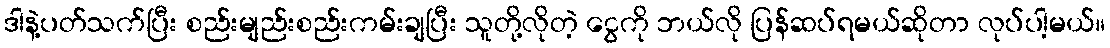
ဒါနဲ့ပတ်သက်ပြီး စည်းမျည်းစည်းကမ်းချပြီး သူတို့လိုတဲ့ ငွေကို ဘယ်လို ပြန်ဆပ်ရမယ်ဆိုတာ လုပ်ပါ့မယ်။